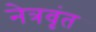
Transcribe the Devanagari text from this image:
नेत्रवृंत